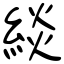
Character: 緂